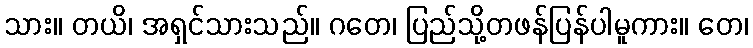
သား။ တယိ၊ အရှင်သားသည်။ ဂတေ၊ ပြည်သို့တဖန်ပြန်ပါမူကား။ တေ၊